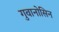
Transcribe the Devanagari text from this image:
गुवानोसिन